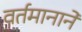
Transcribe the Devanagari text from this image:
वर्तमानाने